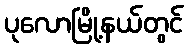
ပုလောမြို့နယ်တွင်